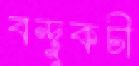
বন্দুকচী